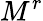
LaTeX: M^{r}